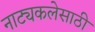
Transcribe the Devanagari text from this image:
नाट्यकलेसाठी